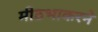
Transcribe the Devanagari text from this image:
मीठभाकरने